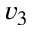
v _ { 3 }